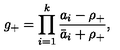
g _ { + } = \prod _ { i = 1 } ^ { k } \frac { a _ { i } - \rho _ { + } } { \bar { a } _ { i } + \rho _ { + } } ,